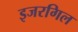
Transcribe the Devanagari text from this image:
इजरगिल